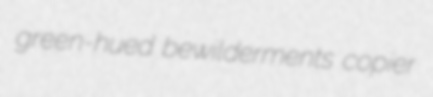
green-hued bewilderments copier